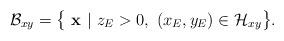
LaTeX: \begin{align*} \left. \begin{array}{l l}\mathcal{B}_{xy}= \big\{ \ \textbf{x} \ | \ z_E>0, \ (x_E,y_E) \in \mathcal{H}_{xy} \big\}. \end{array} \right. \end{align*}